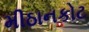
મીઠાનકોટ